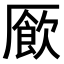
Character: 𫨜